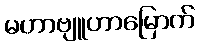
မဟာဗျူဟာမြောက်